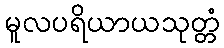
မူလပရိယာယသုတ္တံ